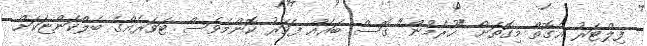
ފިލްޓަރު އެގޮތް މިގޮތަށް "ހޫރެމުން" ގޮސް ބައެއް ފަހަރު ކޮންމެވެސް ޓަވަރެއްގެ ބެލްކަންޏަކަށް